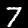
Label: 7